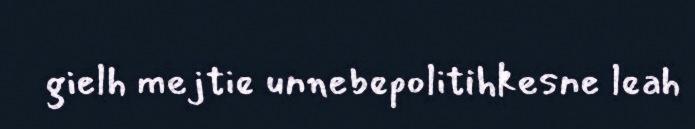
gielh mejtie unnebepolitihkesne leah